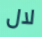
لال